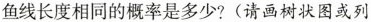
鱼线长度相同的概率是多少?(请画树状图或列